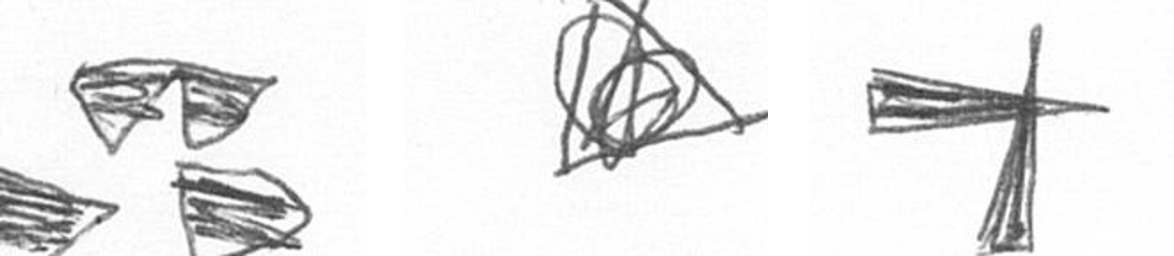
B O G